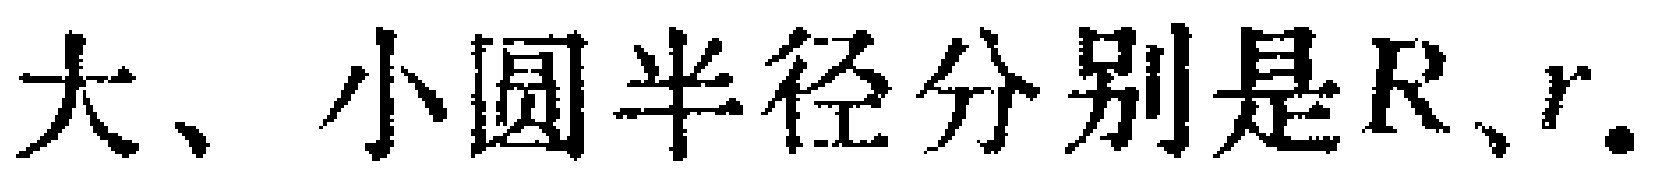
大、小圆半径分别是\(R\)、\(r\)。